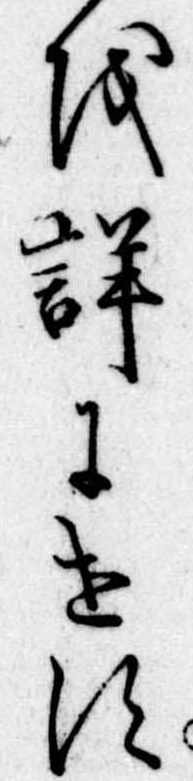
を詳にせす